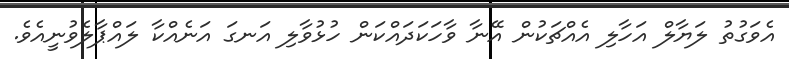
އެވަގުތު ލަޔާލް އަހާލި އެއްޗަކުން އޭނާ ވާހަކަދައްކަން ހުޅުވާލި އަނގަ އަނެއްކާ ލައްޕާލެވުނީއެވެ.